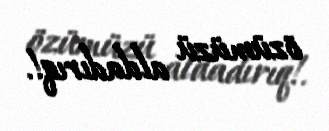
özümüzü aldadırıq!.